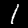
Label: 1